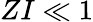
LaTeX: ZI\ll 1